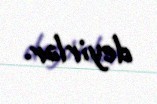
deyirlər.